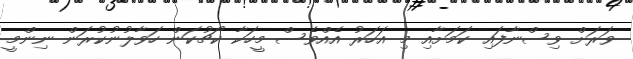
ވަރަށް ވިސްނާފައި ކަމަށާއި މި އަހަރު އެއްވެސް މީހަކާ ކޯޗުކަން ހަވާލުނުކުރަން ނިންމީ